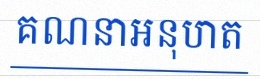
គណនាអនុបាត